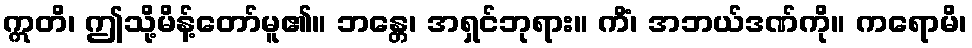
ဣတိ၊ ဤသို့မိန့်တော်မူ၏။ ဘန္တေ၊ အရှင်ဘုရား။ ကိံ၊ အဘယ်ဒဏ်ကို။ ကရောမိ၊